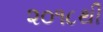
૨૦૧૮થી